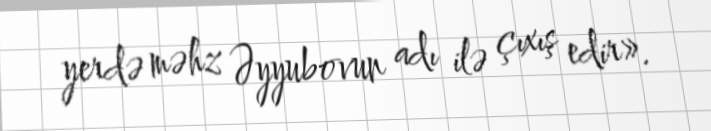
yerdə məhz Əyyubovun adı ilə çıxış edir».